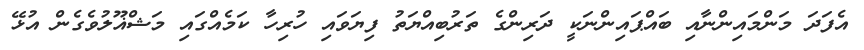
އެފަދަ މަންމައިންނާއި ބައްޕައިންނަކީ ދަރިންގެ ތަރުބިއްޔަތު ފިޔަވައި ހުރިހާ ކަމެއްގައި މަޝްޣޫލުވެގެން އުޅޭ